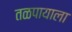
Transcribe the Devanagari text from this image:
तळपायाला